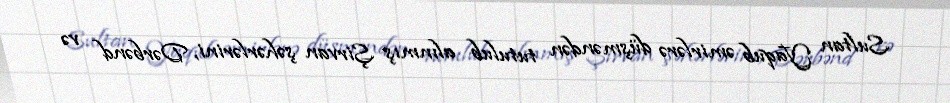
Sultan Yaqub əmirlərə düşməndən tutulub alınmış Şirvan şəhərlərini, Dərbənd və